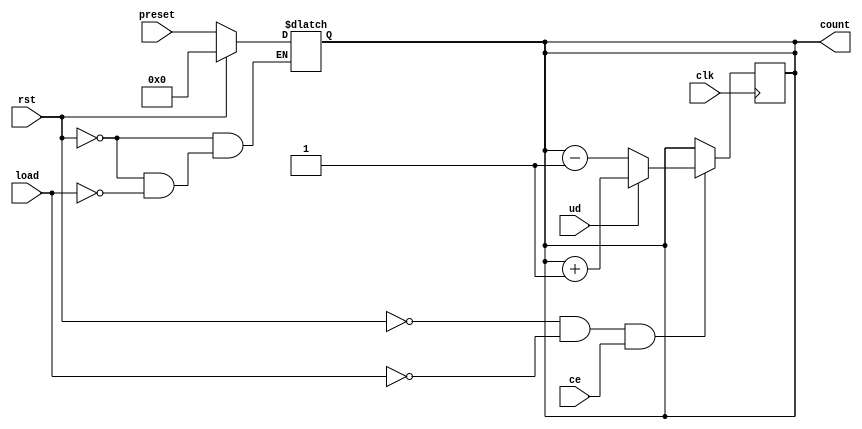
module async_load_counter (
    input wire clk,           // Clock signal
    input wire rst,           // Asynchronous reset
    input wire load,          // Load enable
    input wire ce,            // Count enable
    input wire ud,            // Up/Down control
    input wire [7:0] preset,  // Preset value (8-bit)
    output reg [7:0] count    // Counter value (8-bit)
);

    // Asynchronous reset and load logic
    always @(*) begin
        if (rst) begin
            count = 8'b0; // Reset counter to 0
        end else if (load) begin
            count = preset; // Load preset value
        end
    end

    // Synchronous counting logic
    always @(posedge clk) begin
        if (!rst && !load && ce) begin
            if (ud) begin
                count <= count + 1; // Increment
            end else begin
                count <= count - 1; // Decrement
            end
        end
    end

endmodule